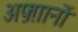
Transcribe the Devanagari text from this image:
अफ़्ग़ानों